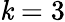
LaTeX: \mathit{k}=3